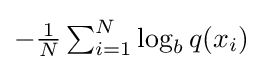
{\textstyle -{\frac {1}{N}}\sum _{i=1}^{N}\log _{b}q(x_{i})}